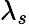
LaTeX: \lambda_{s}